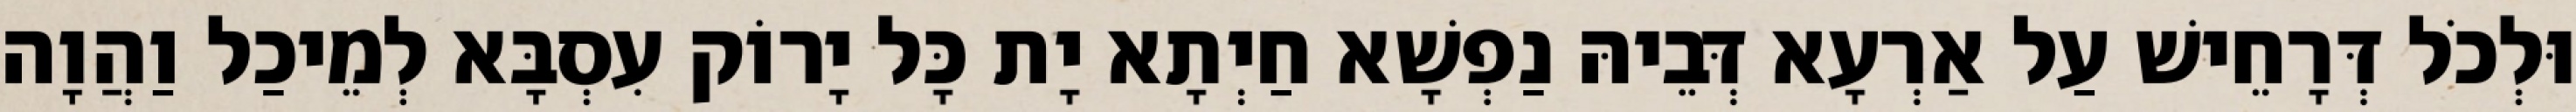
וּלְכֹל דְּרָחֵישׁ עַל אַרְעָא דְּבֵיהּ נַפְשָׁא חַיְתָא יָת כָּל יָרוֹק עִסְבָּא לְמֵיכַל וַהֲוָה